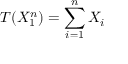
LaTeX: T ( X _ { 1 } ^ { n } ) = \sum _ { i = 1 } ^ { n } X _ { i }